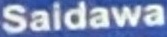
Saidawa